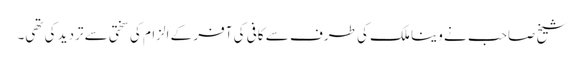
شیخ صاحب نے وینا ملک کی طرف سے کافی کی آفر کے الزام کی سختی سے تردید کی تھی۔